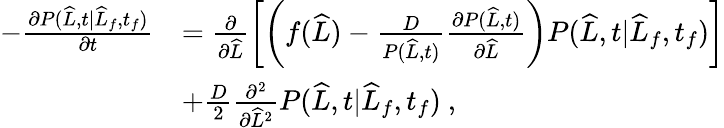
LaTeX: \begin{array}{rl}{-\frac{\partial P(\widehat{L},t|\widehat{L}_{f},t_{f})}{\partial t}}&{=\frac{\partial}{\partial\widehat{L}}\left[\left(f(\widehat{L})-\frac{D}{P(\widehat{L},t)}\frac{\partial P(\widehat{L},t)}{\partial\widehat{L}}\right)P(\widehat{L},t|\widehat{L}_{f},t_{f})\right]}\\ &{+\frac{D}{2}\frac{\partial^{2}}{\partial\widehat{L}^{2}}P(\widehat{L},t|\widehat{L}_{f},t_{f})\ ,}\end{array}